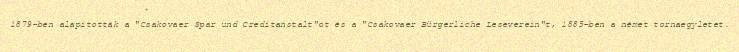
1879-ben alapították a "Csakovaer Spar und Creditanstalt"ot és a "Csakovaer Bürgerliche Leseverein"t, 1885-ben a német tornaegyletet.